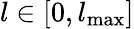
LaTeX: l\in[0,{l_{{\mathrm{max}}}}]